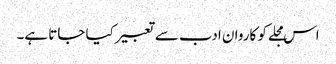
اس مجلے کو کاروان ادب سے تعبیر کیا جاتا ہے۔